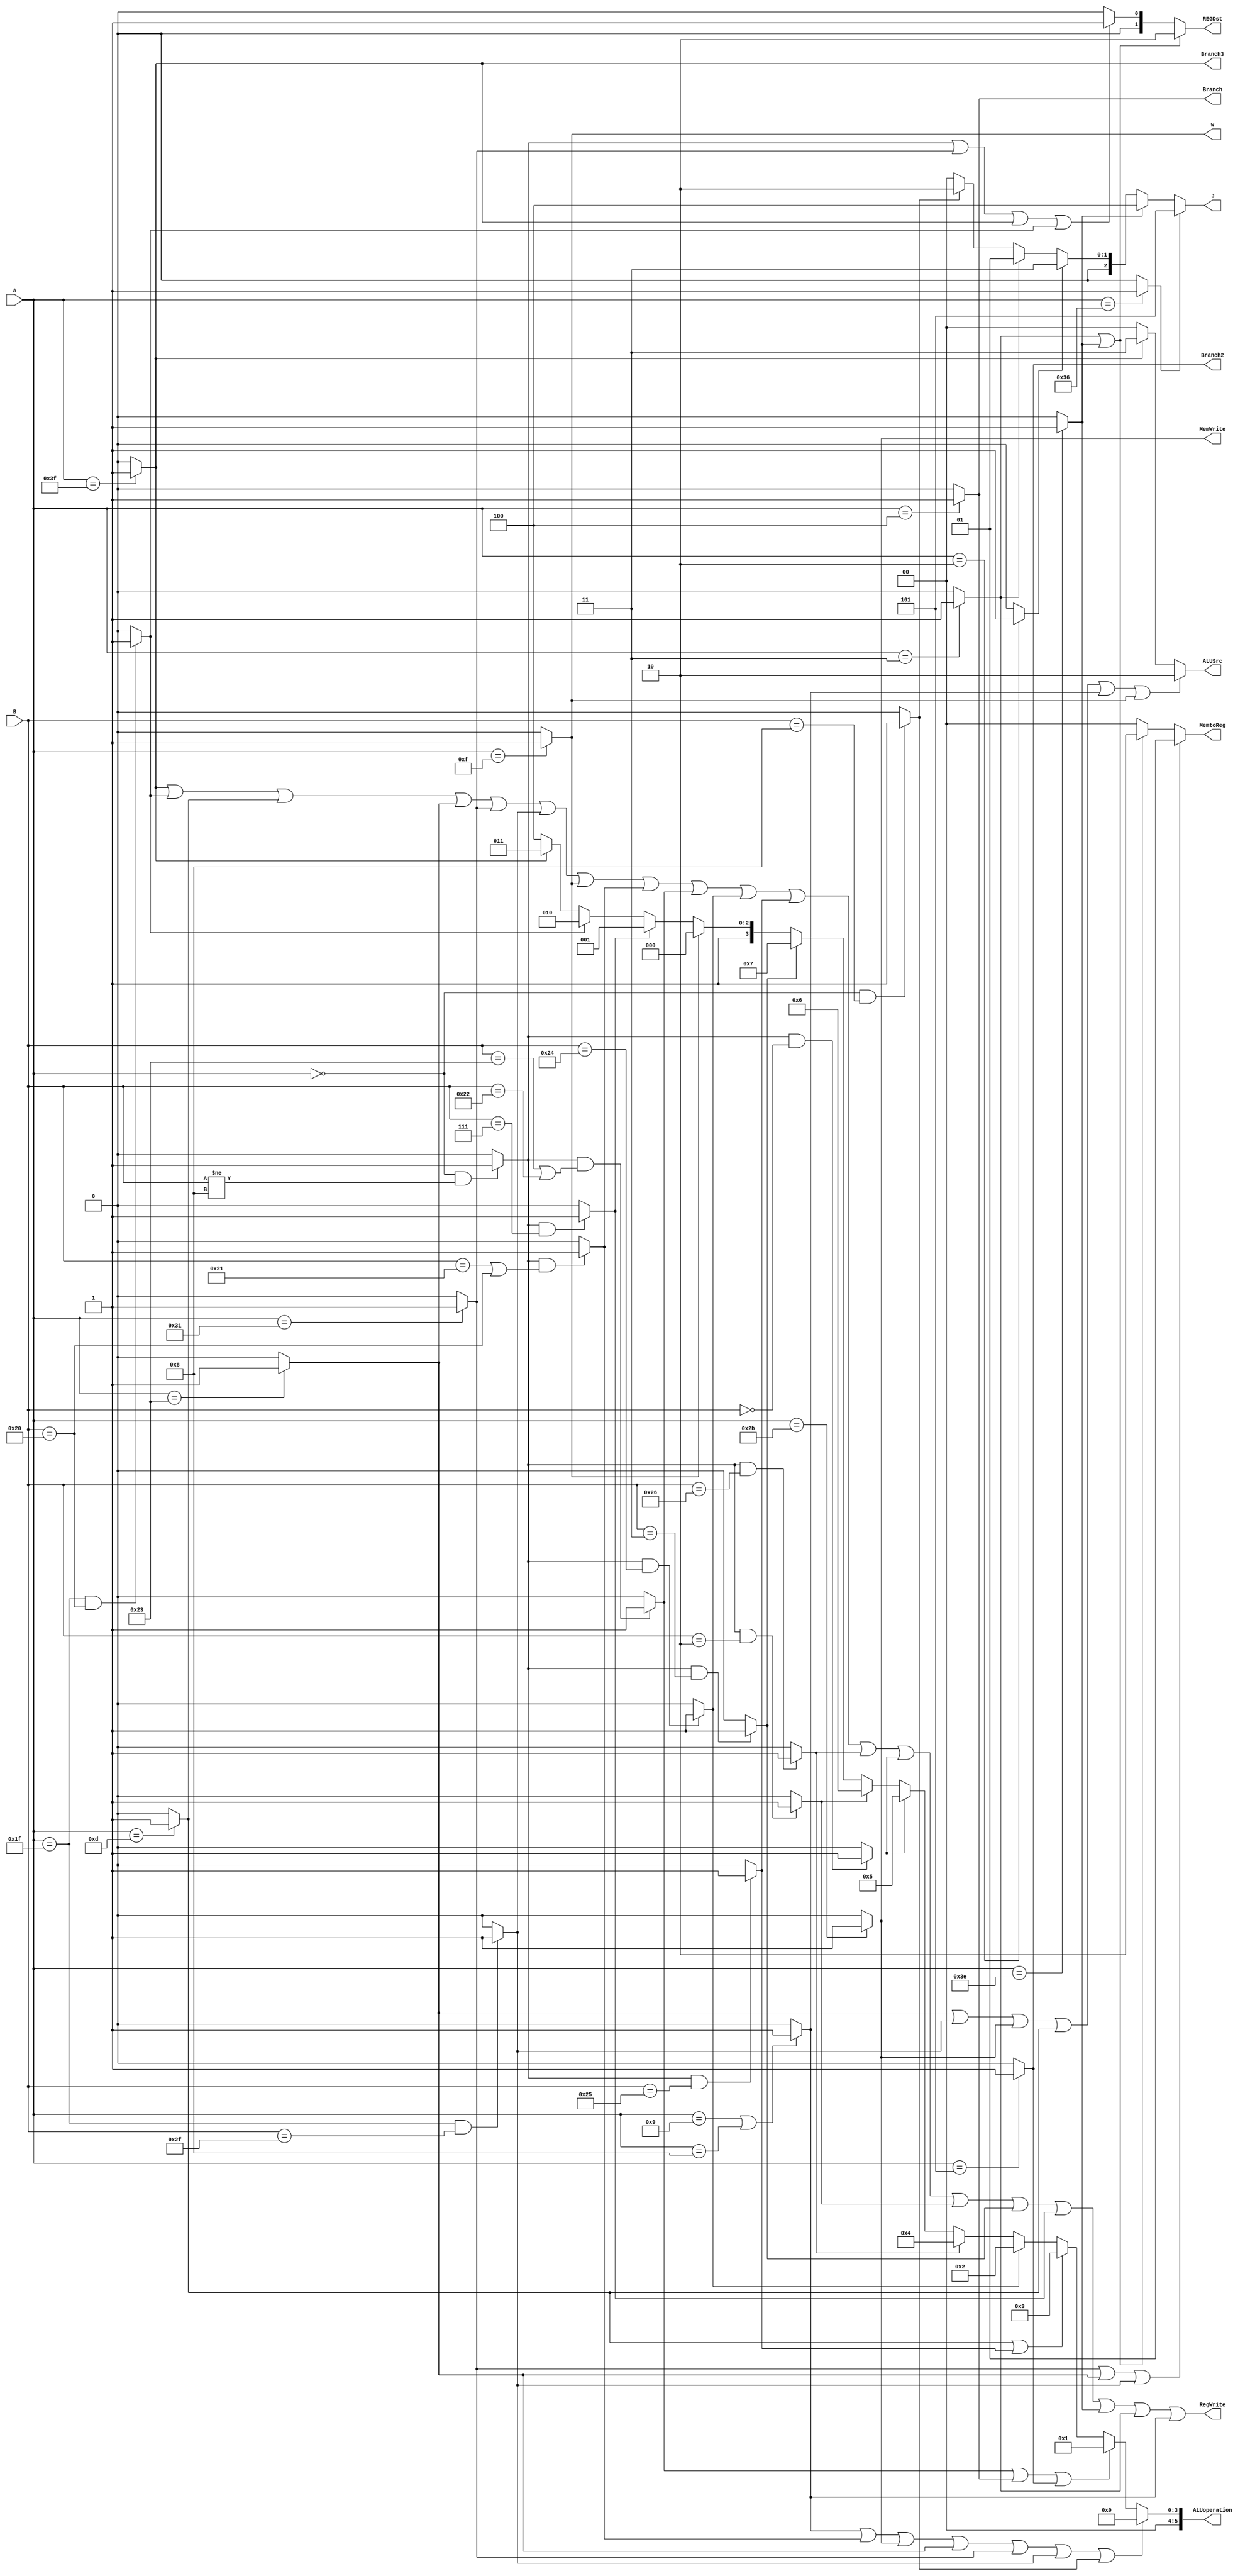
`timescale 1ns / 1ps
//////////////////////////////////////////////////////////////////////////////////
// Company: 
// Engineer: 
// 
// Design Name: 
// Module Name:    controller 
// Project Name: 
// Target Devices: 
// Tool versions: 
// Description: 
//
// Dependencies: 
//
// Revision: 
// Revision 0.01 - File Created
// Additional Comments: 
//
//////////////////////////////////////////////////////////////////////////////////
module controller(
	input [5:0]A,
	input [5:0]B,
	
	output [1:0]REGDst,
	output [1:0]ALUSrc,
	output RegWrite,
	output [5:0]ALUoperation,
	output MemWrite,
	output [1:0]MemtoReg,
	output W,
	output Branch,
	output Branch2,
	output Branch3,
	output [2:0]J
    );
	wire r,addu,subu,and1,or1,xor1,sll,srl,sra,srav,addi,
		  ori,lw,lwe,sw,lw2,
		  beq,bne,
		  lui,nop,j,jal,jr,
		  seh,
		  bnzalr,jialc,ji; 
	assign r=(A==6'b000000&&B!=6'b001000)?1:0,
			ori=(A==6'b001101)?1:0,
			addi=(A==6'b001001|A==6'b001000)?1:0,
			lw=(A==6'b100011)?1:0,
			sw=(A==6'b101011)?1:0,
			beq=(A==6'b000100)?1:0,
			bne=(A==6'b000101)?1:0,
			lui=(A==6'b001111)?1:0,
			lwe=(A==6'b011111&&B==6'b101111)?1:0,
			seh=(A==6'b011111&&B==6'b100000)?1:0,
			j=(A==6'b000010)?1:0,
			jal=(A==6'b000011)?1:0,
			lw2=(A==6'b110001)?1:0,
			ji=(A==6'b110110)?1:0,
			jr=(A==6'b000000&&B==6'b001000)?1:0,
			bnzalr=(A==6'b111111)?1:0,
			jialc=(A==6'b111110)?1:0;

	assign addu=(((r==1)&&(B==6'b100001|B==6'b100000))?1:0),
			subu=(((r==1)&&(B==6'b100011|B==6'b100010))?1:0),
			and1=(((r==1)&&(B==6'b100100))?1:0),
			xor1=(((r==1)&&(B==6'b100110))?1:0),
			sll=(((r==1)&&(B==6'b000000))?1:0),
			srl=(((r==1)&&(B==6'b000010))?1:0),
			sra=((r==1)&&(B==6'b000011)?1:0),
			srav=((r==1)&&(B==6'b000111)?1:0),
			or1=(((r==1)&&(B==6'b100101))?1:0);
		
	assign REGDst=(jal||jialc?2'b10:(r||lw2||bnzalr||seh?2'b01:2'b00)),
			ALUSrc=(lw||lwe||sw||ori||addi||lui?2'b10:(bnzalr?2'b11:2'b00)),
			RegWrite=bnzalr||seh||ori||lw||lw2||lwe
						||lui||addu||subu||and1||or1||xor1
						||sll||srl||sra||srav
						||jialc||jal||addi,
			ALUoperation=(addi||addu||sw||lw||lw2||lwe||jr?6'b000000:
							(subu||beq||bne?6'b000001:
							(ori||or1?6'b000011:
							(and1?6'b000010:
							(xor1?6'b000100:
							(sll?6'b000101:
							(srl?6'b000110:
							(sra?6'b000111:
							(lui?6'b001000:
						   (srav?6'b001001:
							(seh?6'b001010:
							(bnzalr?6'b001011:
							6'b001100)))))))))))),
			MemWrite=sw,
			MemtoReg=(lw2||lw||lwe?2'b01:(jal||jialc?2'b10:2'b00)),
			W=lui,
			Branch=beq,
			Branch2=bne,
			Branch3=bnzalr,
			J=ji?3'b101:(jialc?3'b100:(j?3'b011:(jal?3'b001:(jr?3'b010:3'b000))));
endmodule